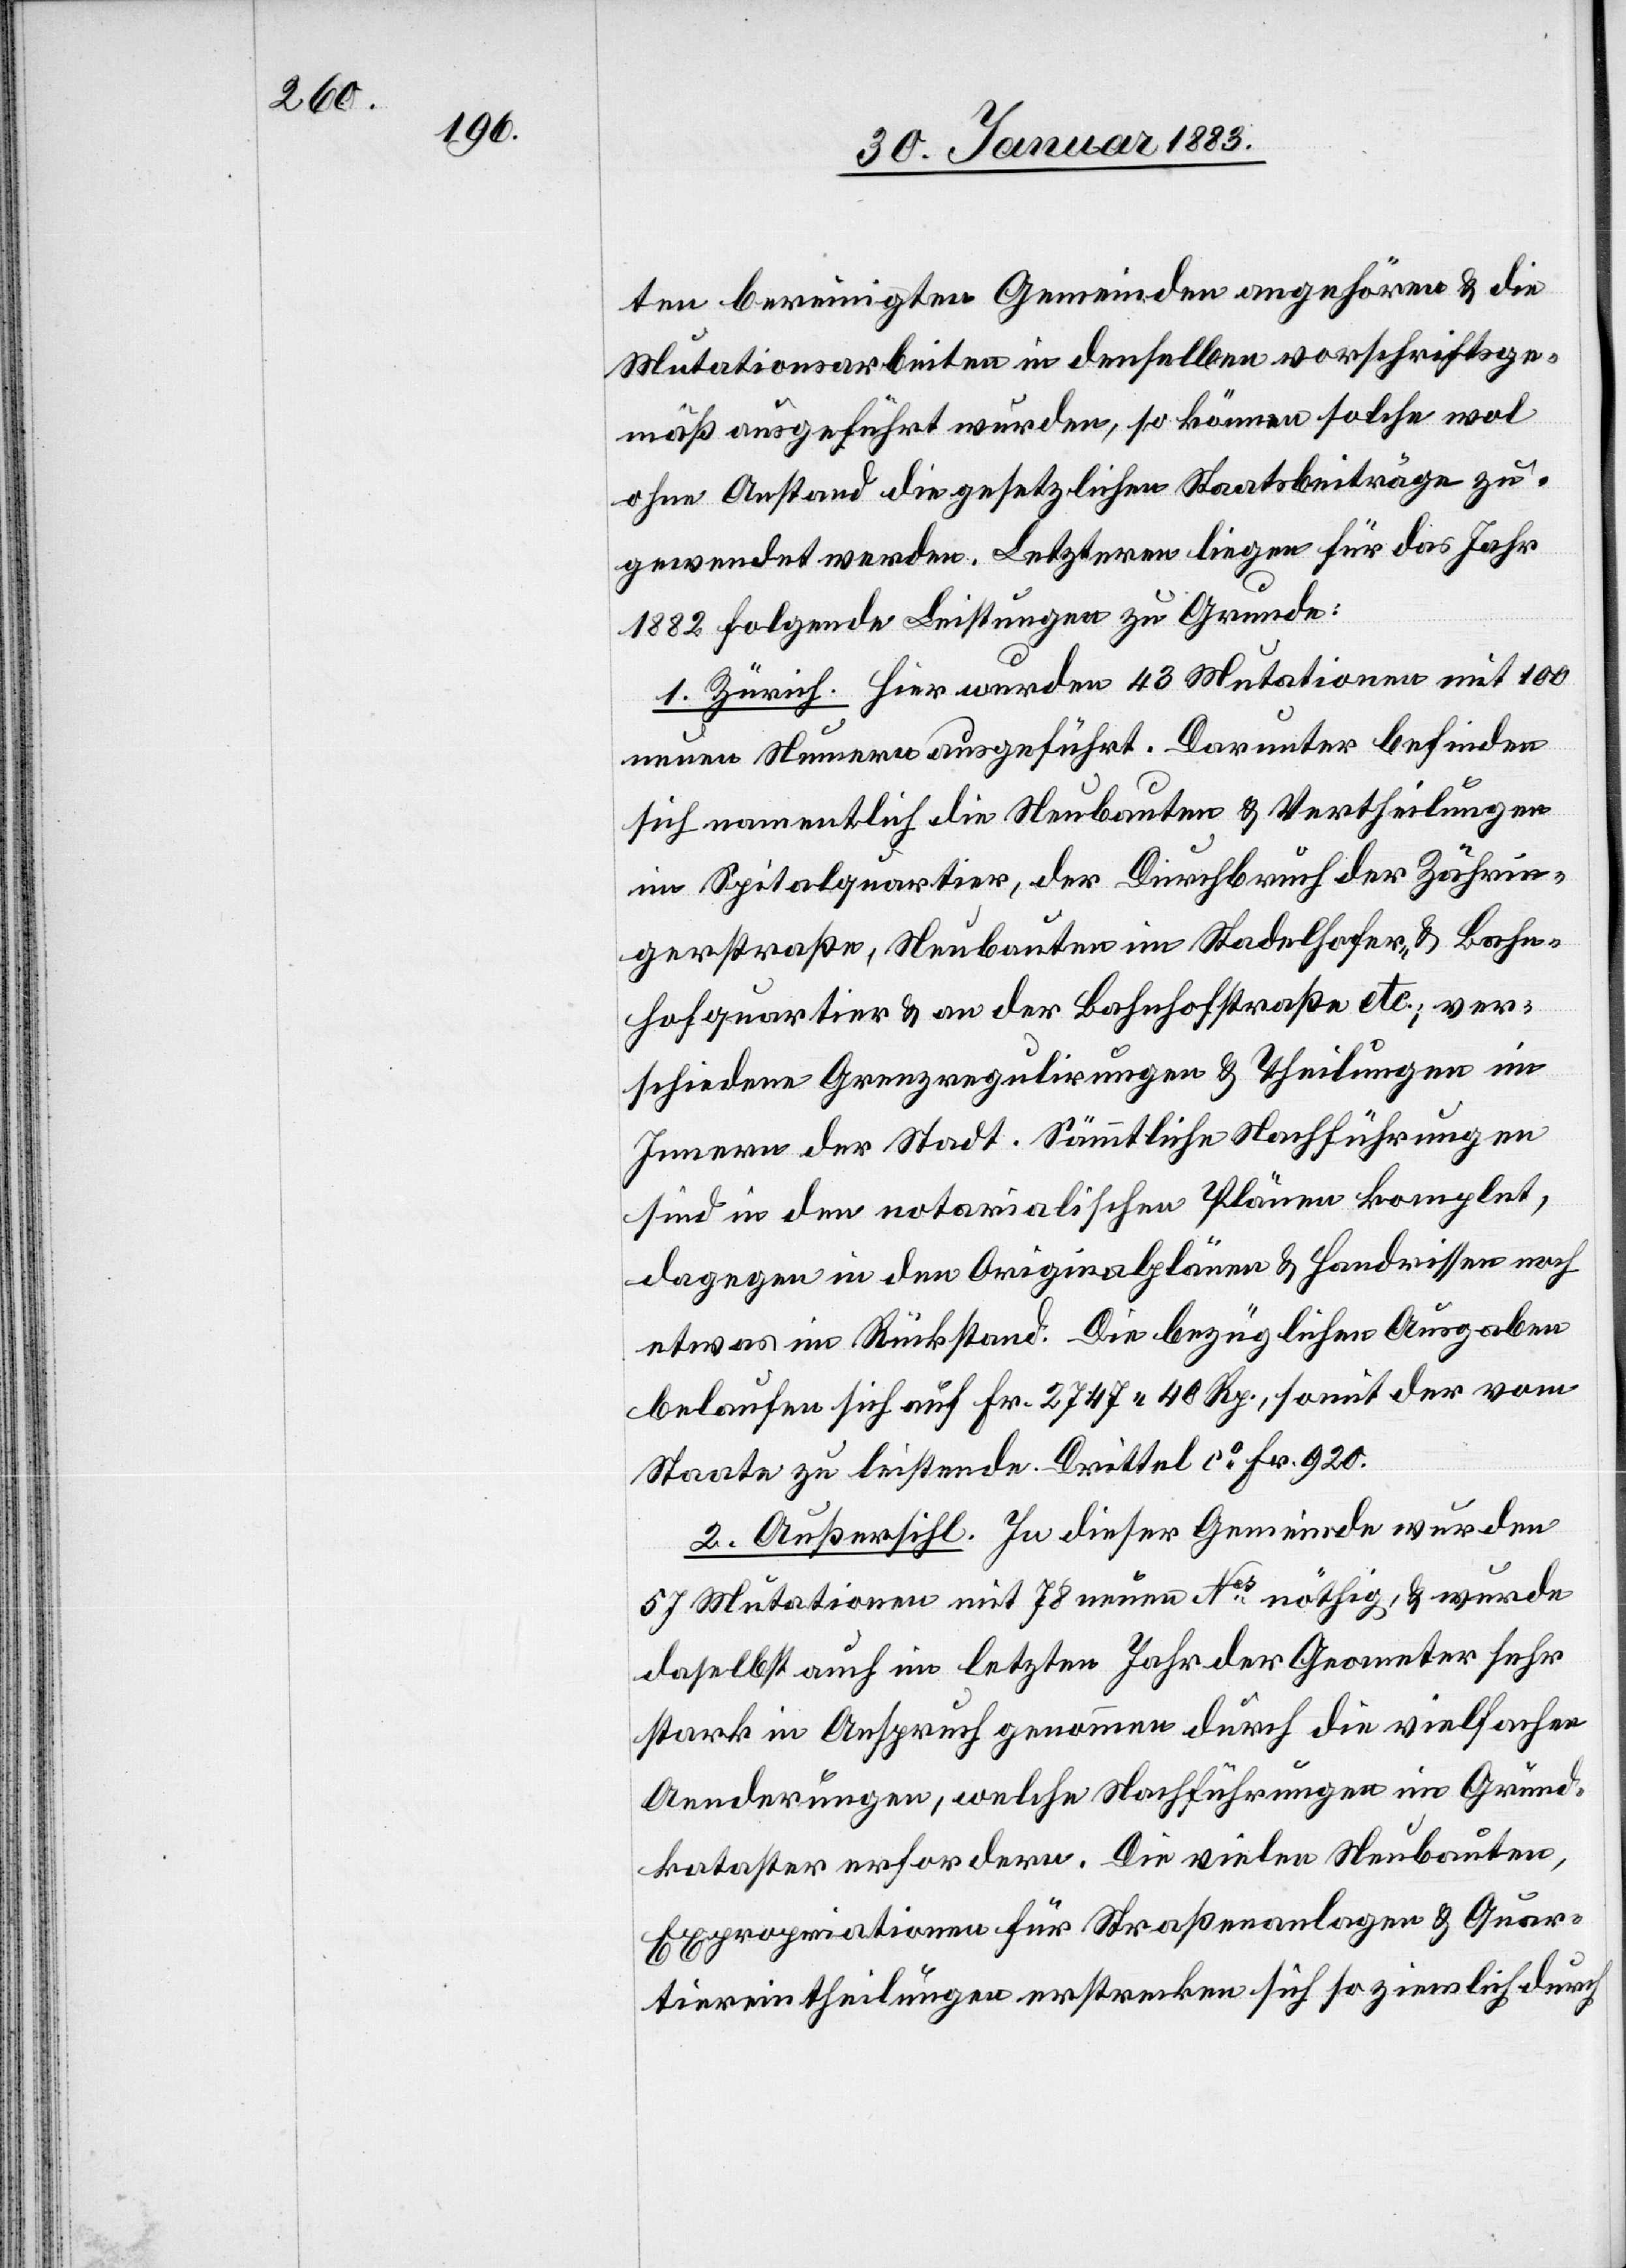
ten bereinigten Gemeinden angehören & die
Mutationsarbeiten in denselben vorschriftsge¬
mäß ausgeführt wurden, so können solche
ohne Anstand die gesetzlichen Staatsbeiträge zu¬
gewendet werden. Letzteren liegen für das Jahr
1882 folgende Leistungen zu Grunde:
1. Zürich. Hier wurden 43 Mutationen mit 100
neuen Nummern ausgeführt. Darunter befinden
sich namentlich Neubauten & Vertheilungen
im Spitalquartier, der Durchbruch der Zährin¬
gerstraße, Neubauten im Stadelhofer- & Bahn¬
hofquartier & an der Bahnhofstraße etc.; ver¬
schiedene Grenzregulirungen & Theilungen im
Innern der Stadt. Sämmtliche Nachführungen
sind in den notarialischen Plänen komplet,
dagegen in den Originalplänen & Handrissen noch
etwas im Rückstand. Die bezüglichen Ausgaben
belaufen sich auf Fr. 2747 40 Rp., somit der vom
Staate zu leistende Drittel ca Fr. 920.
2. Außersihl. In dieser Gemeinde wurden
57 Mutationen mit 78 neuen Nos nöthig, & wurde
daselbst auch im letzten Jahr der Geometer sehr
stark in Anspruch genommen durch die vielfachen
Aenderungen, welche Nachführungen im Grund¬
kataster erfordern. Die vielen Neubauten,
Expropriationen für Straßenanlagen & Quar¬
tiereintheilungen erstrecken sich so ziemlich durch